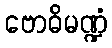
ဗောဓိမဏ္ဍံ